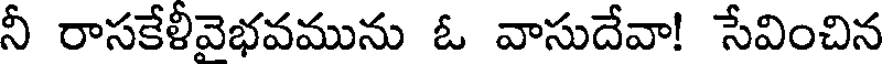
నీ రాసకేళీవెభవమును ఓ వాసుదేవా! సేవించిన